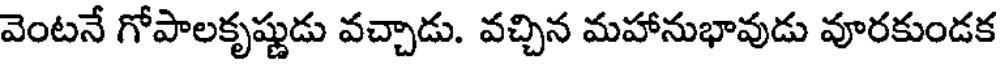
వెంటనే గోపాలకృష్ణుడు వచ్చాడు. వచ్చిన మహానుభావుడు వూరకుండక